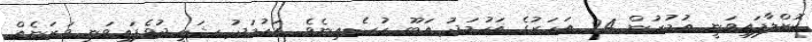
ކޮށްލާފައިވަނީ އުމުރުން 24 އަހަރުގެ އަހުމަދު އަބޫ ހުސެއިނެވެ. އަހުމަދު ޝަހީދުވެފައިވަނީ ވަޒަނެއް